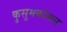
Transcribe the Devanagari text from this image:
कुसुमकोमल